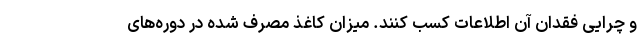
و چرایی فقدان آن اطلاعات کسب کنند. میزان کاغذ مصرف شده در دوره‌های